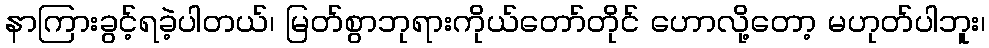
နာကြားခွင့်ရခဲ့ပါတယ်၊ မြတ်စွာဘုရားကိုယ်တော်တိုင် ဟောလို့တော့ မဟုတ်ပါဘူး၊